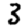
Digit: 3